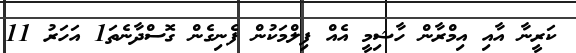
ކަރީނާ އާއި އިމްރާން ހާޝިމީ އެއް ފިލްމަކުން ފެނިގެން ގޮސްދާނެތަ1 އަހަރު 11